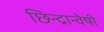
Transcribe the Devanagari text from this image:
छिन्‍द्रान्‍वेषी